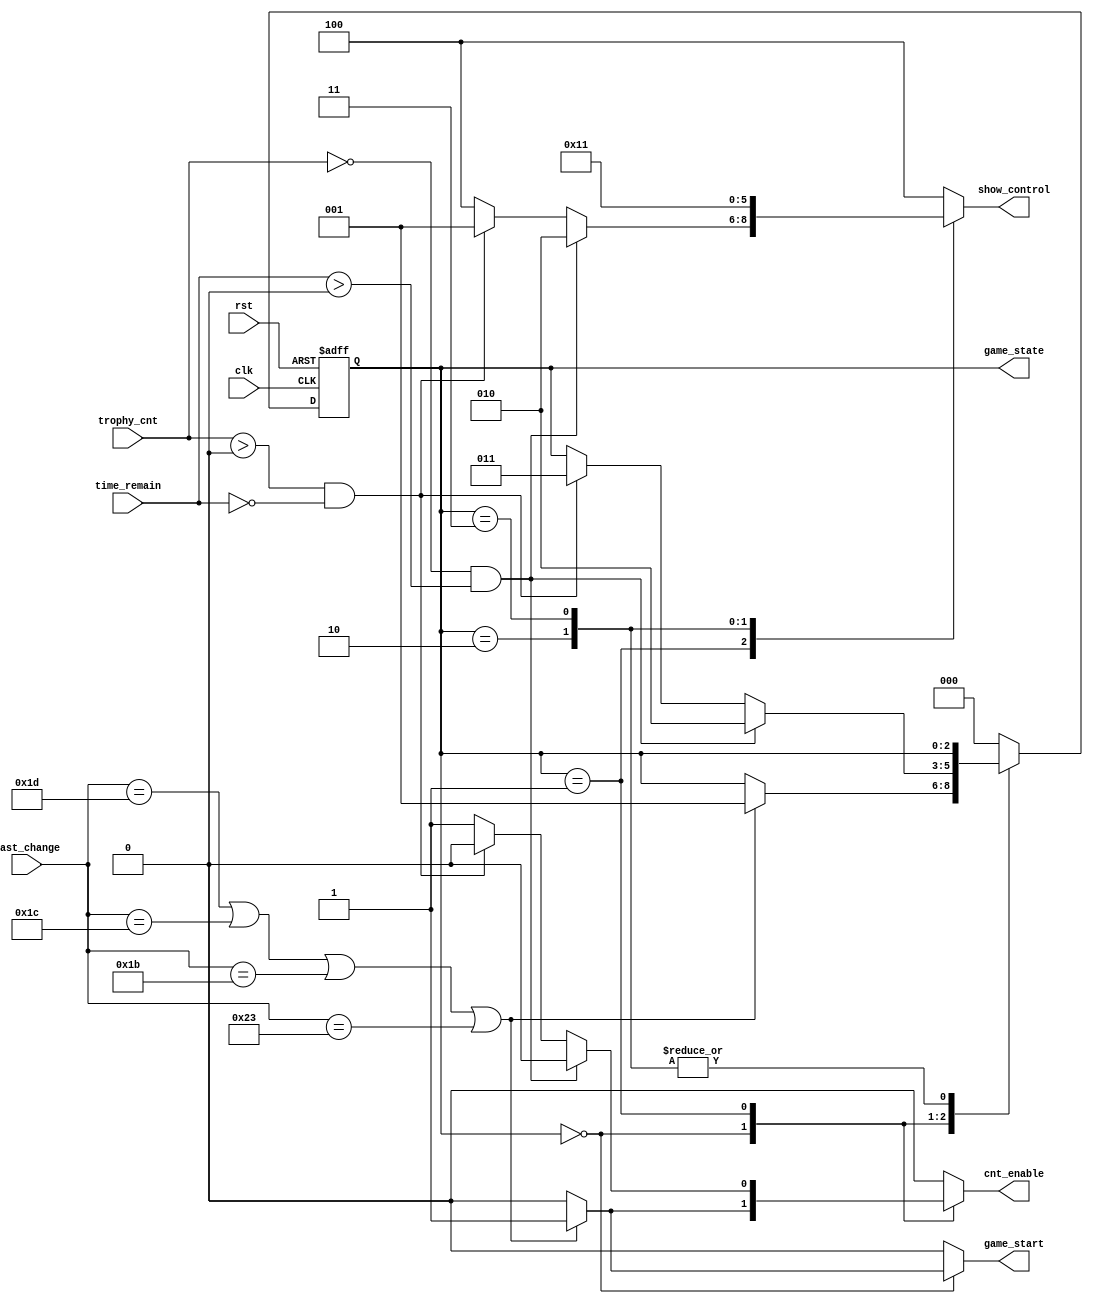
`define INIT 3'b0
`define GAME 3'd1
`define WIN 3'd2
`define LOSE 3'd3

module fsm(
    input clk,
    input rst,
    output reg[2:0] game_state,
    input [8:0] last_change,
    output reg cnt_enable,
    input [2:0] trophy_cnt,
    input [3:0] time_remain,
    output reg [2:0] show_control,
    output reg game_start
    // {gaming scene, win scene, lose scene}  ex: 100 -> show gameing scene
);
reg [2:0] game_next_state;

always@(posedge clk or posedge rst) begin
    if (rst) begin
        game_state <= 3'b0;
    end
    else begin
        game_state <= game_next_state;
    end
end

always@* begin
    case(game_state)
        `INIT: begin
            if ( (last_change == 9'h1D)||(last_change == 9'h1C)||(last_change == 9'h1B)||(last_change == 9'h23) ) begin
                game_next_state = `GAME;
                cnt_enable = 1'b1;
                show_control = 3'b100;
                game_start = 1'b1;
            end
            else begin
                game_next_state = game_state;
                cnt_enable = 1'b0;
                show_control = 3'b100;
                game_start = 1'b0;
            end
        end
        `GAME: begin
            if (trophy_cnt == 3'b0 && time_remain > 4'b0) begin
                game_next_state = `WIN;
                cnt_enable = 1'b0;
                show_control = 3'b010;
                game_start = 1'b0;
            end
            else if (trophy_cnt > 3'b0 && time_remain == 4'b0) begin
                game_next_state = `LOSE;
                cnt_enable = 1'b0;
                show_control = 3'b001;
                game_start = 1'b0;
            end
            else begin
                game_next_state = game_state;
                cnt_enable = 1'b1;
                show_control = 3'b100;
                game_start = 1'b0;
            end
        end
        `WIN: begin
           game_next_state = game_state;
           cnt_enable = 1'b0;
           show_control = 3'b010;
           game_start = 1'b0;
        end
        `LOSE: begin
            game_next_state = game_state;
            cnt_enable = 1'b0;
            show_control = 3'b001;
            game_start = 1'b0;
        end
        default: begin
            game_next_state = 3'b0;
            cnt_enable = 1'b0;
            show_control = 3'b100;
            game_start = 1'b0;
        end
    endcase
end
endmodule